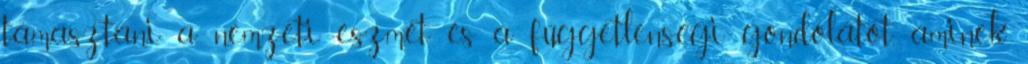
támasztani a nemzeti eszmét és a függetlenségi gondolatot, aminek